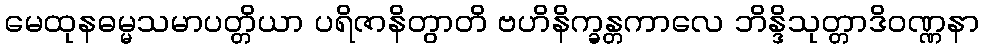
မေထုနဓမ္မသမာပတ္တိယာ ပရိဇာနိတွာတိ ဗဟိနိက္ခန္တကာလေ ဘိန္ဒိသုတ္တာဒိဝဏ္ဏနာ